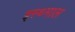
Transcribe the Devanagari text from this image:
इस्थ्माल